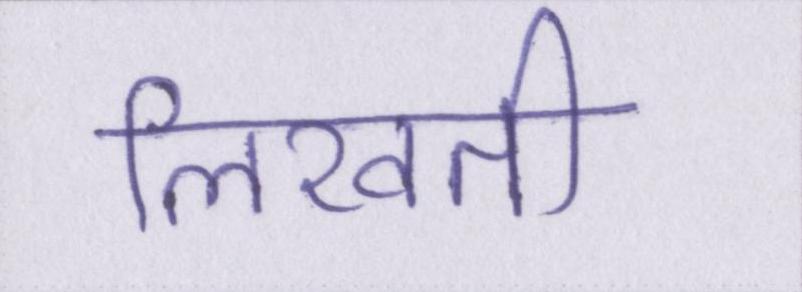
लिखती